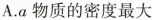
A.a物质的密度最大